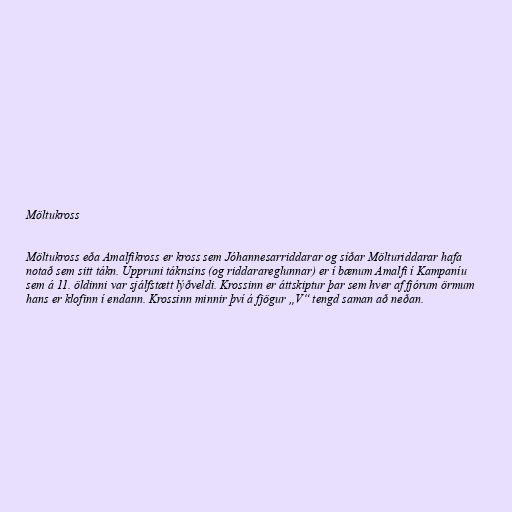
Möltukross

Möltukross eða Amalfikross er kross sem Jóhannesarriddarar og síðar Mölturiddarar hafa
notað sem sitt tákn. Uppruni táknsins (og riddarareglunnar) er í bænum Amalfi í Kampaníu
sem á 11. öldinni var sjálfstætt lýðveldi. Krossinn er áttskiptur þar sem hver af fjórum örmum
hans er klofinn í endann. Krossinn minnir því á fjögur „V“ tengd saman að neðan.